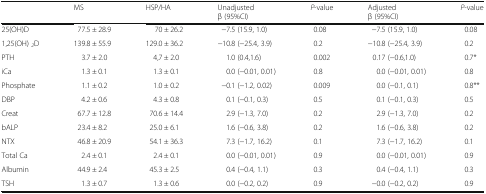
<table><thead><tr><td></td><td><b>MS</b></td><td><b>HSP/HA</b></td><td><b>Unadjustedβ (95%CI)</b></td><td><b><i>P</i>-value</b></td><td><b>Adjustedβ (95%CI)</b></td><td><b><i>P</i>-value</b></td></tr></thead><tbody><tr><td>25(OH)D</td><td>77.5 ± 28.9</td><td>70 ± 26.2</td><td>−7.5 (15.9, 1.0)</td><td>0.08</td><td>−7.5 (15.9, 1.0)</td><td>0.08</td></tr><tr><td>1,25(OH) <sub><i>2</i></sub>D</td><td>139.8 ± 55.9</td><td>129.0 ± 36.2</td><td>−10.8 (−25.4, 3.9)</td><td>0.2</td><td>−10.8 (−25.4, 3.9)</td><td>0.2</td></tr><tr><td>PTH</td><td>3.7 ± 2.0</td><td>4,7 ± 2.0</td><td>1.0 (0.4,1.6)</td><td>0.002</td><td>0.17 (−0.6,1.0)</td><td>0.7*</td></tr><tr><td>iCa</td><td>1.3 ± 0.1</td><td>1.3 ± 0.1</td><td>0.0 (−0.01, 0.01)</td><td>0.8</td><td>0.0 (−0.01, 0.01)</td><td>0.8</td></tr><tr><td>Phosphate</td><td>1.1 ± 0.2</td><td>1.0 ± 0.2</td><td>−0.1 (−1.2, 0.02)</td><td>0.009</td><td>0.0 (−0.1, 0.1)</td><td>0.8**</td></tr><tr><td>DBP</td><td>4.2 ± 0.6</td><td>4.3 ± 0.8</td><td>0.1 (−0.1, 0.3)</td><td>0.5</td><td>0.1 (−0.1, 0.3)</td><td>0.5</td></tr><tr><td>Creat</td><td>67.7 ± 12.8</td><td>70.6 ± 14.4</td><td>2.9 (−1.3, 7.0)</td><td>0.2</td><td>2.9 (−1.3, 7.0)</td><td>0.2</td></tr><tr><td>bALP</td><td>23.4 ± 8.2</td><td>25.0 ± 6.1</td><td>1.6 (−0.6, 3.8)</td><td>0.2</td><td>1.6 (−0.6, 3.8)</td><td>0.2</td></tr><tr><td>NTX</td><td>46.8 ± 20.9</td><td>54.1 ± 36.3</td><td>7.3 (−1.7, 16.2)</td><td>0.1</td><td>7.3 (−1.7, 16.2)</td><td>0.1</td></tr><tr><td>Total Ca</td><td>2.4 ± 0.1</td><td>2.4 ± 0.1</td><td>0.0 (−0.01, 0.01)</td><td>0.9</td><td>0.0 (−0.01, 0.01)</td><td>0.9</td></tr><tr><td>Albumin</td><td>44.9 ± 2.4</td><td>45.3 ± 2.5</td><td>0.4 (−0.4, 1.1)</td><td>0.3</td><td>0.4 (−0.4, 1.1)</td><td>0.3</td></tr><tr><td>TSH</td><td>1.3 ± 0.7</td><td>1.3 ± 0.6</td><td>0.0 (−0.2, 0.2)</td><td>0.9</td><td>−0.0 (−0.2, 0.2)</td><td>0.9</td></tr></tbody></table>